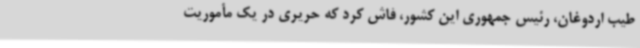
طیب اردوغان، رئیس جمهوری این کشور، فاش کرد که حریری در یک مأموریت